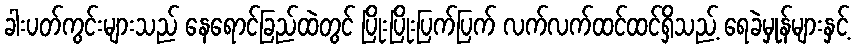
ခါးပတ်ကွင်းများသည် နေရောင်ခြည်ထဲတွင် ပြိုးပြိုးပြက်ပြက် လက်လက်ထင်ထင်ရှိသည့် ရေခဲမှုန်များနှင့်